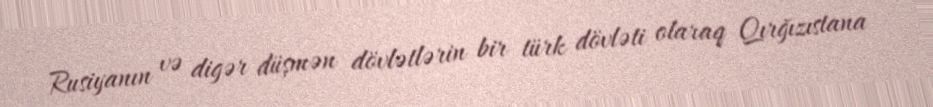
Rusiyanın və digər düşmən dövlətlərin bir türk dövləti olaraq Qırğızıstana